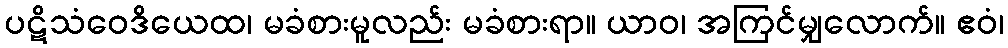
ပဋိသံဝေဒိယေထ၊ မခံစားမူလည်း မခံစားရာ။ ယာဝ၊ အကြင်မျှလောက်။ ဧဝံ၊